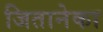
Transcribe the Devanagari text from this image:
जितानेका